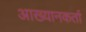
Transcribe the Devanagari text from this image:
आख्यानकर्ता